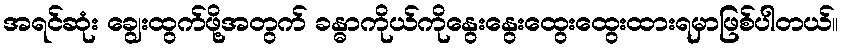
အရင်ဆုံး ချွေးထွက်ဖို့အတွက် ခန္ဓာကိုယ်ကိုနွေးနွေးထွေးထွေးထားရမှာဖြစ်ပါတယ်။